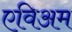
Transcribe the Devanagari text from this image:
एविअम